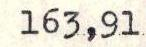
163,91